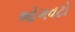
ભોગવટો